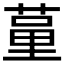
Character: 𦷗